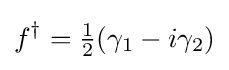
f^{\dagger }={\tfrac {1}{2}}(\gamma _{1}-i\gamma _{2})